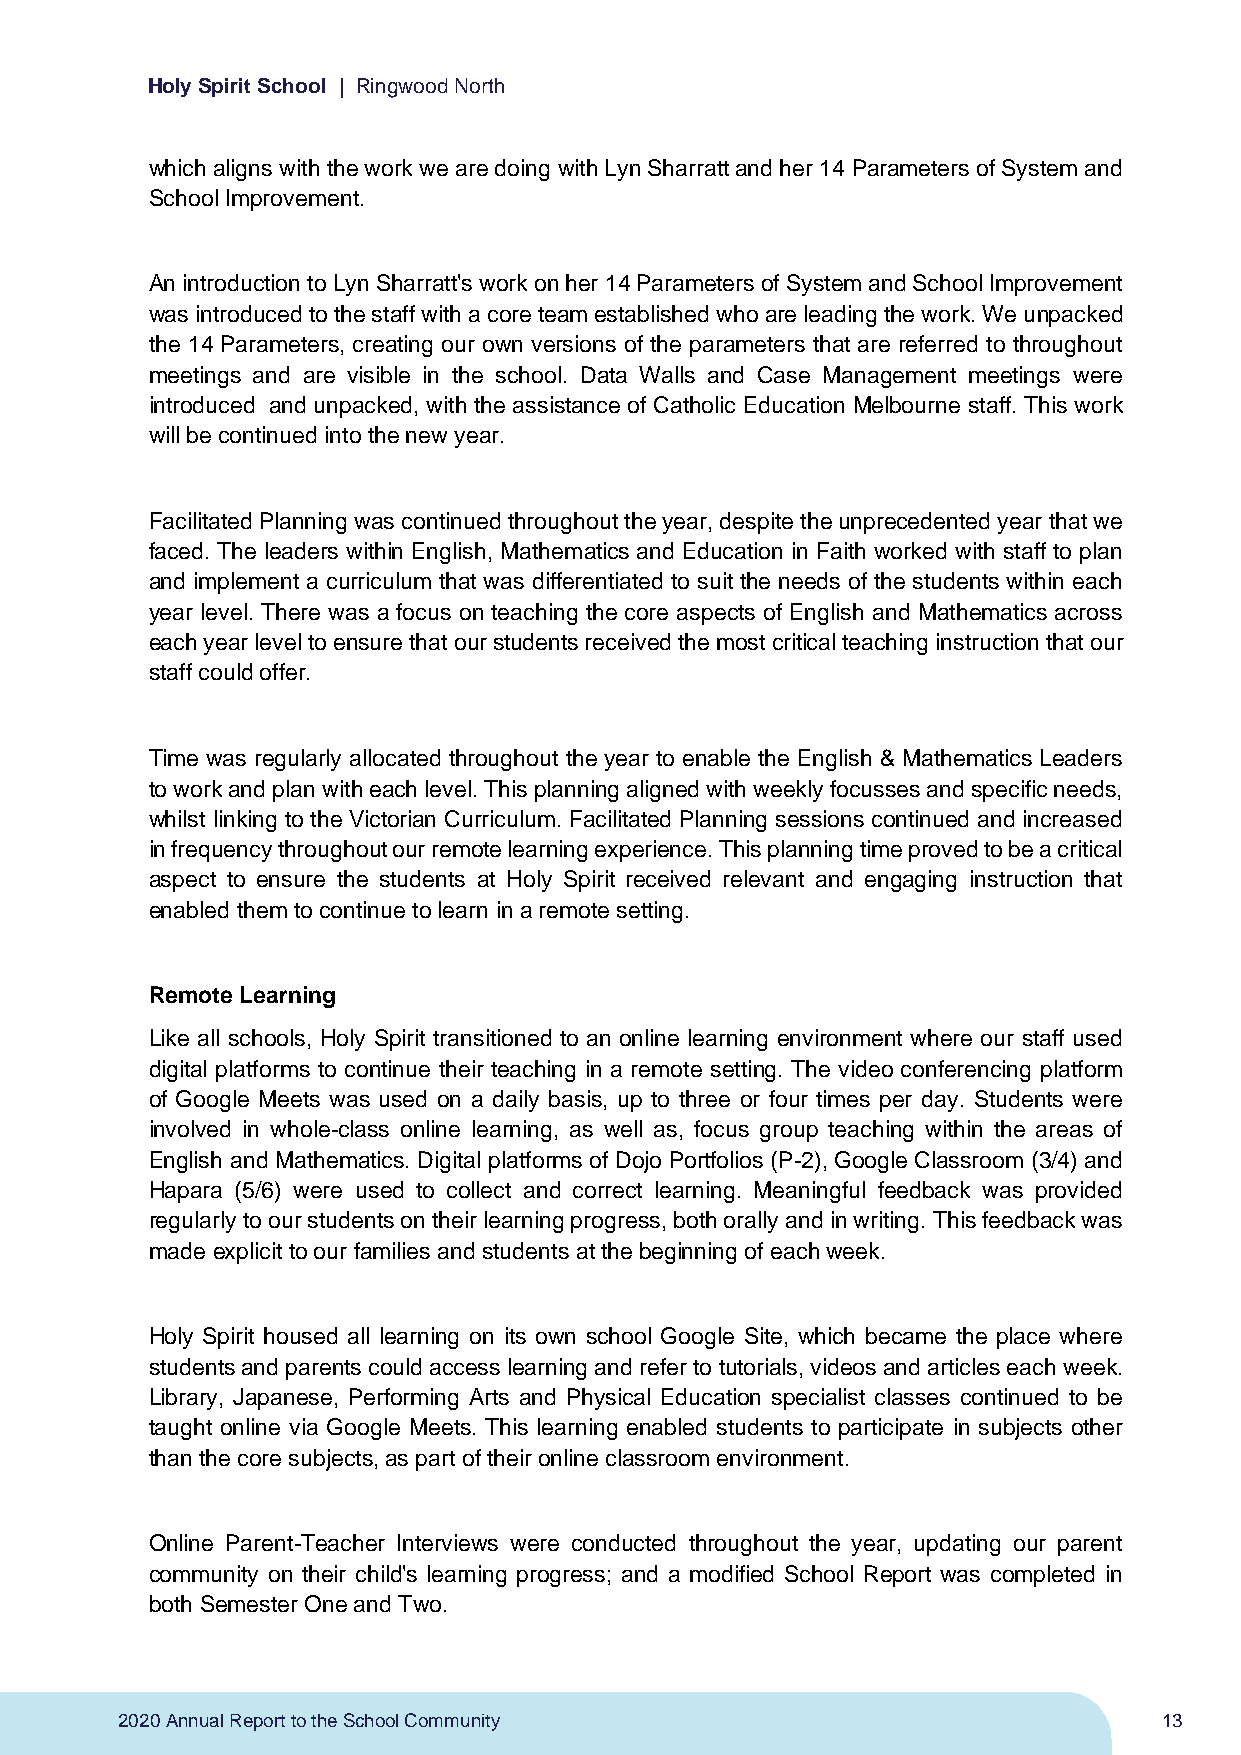
Holy Spirit School | Ringwood North
 which aligns with the work we are doing with Lyn Sharratt and her 14 Parameters of System and
 School Improvement.
 An introduction to Lyn Sharratt's work on her 14 Parameters of System and School Improvement
 was introduced to the staff with a core team established who are leading the work. We unpacked
 the 14 Parameters, creating our own versions of the parameters that are referred to throughout
 meetings and are visible in the school. Data Walls and Case Management meetings were
 introduced and unpacked, with the assistance of Catholic Education Melbourne staff. This work
 will be continued into the new year.
 Facilitated Planning was continued throughout the year, despite the unprecedented year that we
 faced. The leaders within English, Mathematics and Education in Faith worked with staff to plan
 and implement a curriculum that was differentiated to suit the needs of the students within each
 year level. There was a focus on teaching the core aspects of English and Mathematics across
 each year level to ensure that our students received the most critical teaching instruction that our
 staff could offer.
 Time was regularly allocated throughout the year to enable the English & Mathematics Leaders
 to work and plan with each level. This planning aligned with weekly focusses and specific needs,
 whilst linking to the Victorian Curriculum. Facilitated Planning sessions continued and increased
 in frequency throughout our remote learning experience. This planning time proved to be a critical
 aspect to ensure the students at Holy Spirit received relevant and engaging instruction that
 enabled them to continue to learn in a remote setting.
 Remote Learning
 Like all schools, Holy Spirit transitioned to an online learning environment where our staff used
 digital platforms to continue their teaching in a remote setting. The video conferencing platform
 of Google Meets was used on a daily basis, up to three or four times per day. Students were
 involved in whole-class online learning, as well as, focus group teaching within the areas of
 English and Mathematics. Digital platforms of Dojo Portfolios (P-2), Google Classroom (3/4) and
 Hapara (5/6) were used to collect and correct learning. Meaningful feedback was provided
 regularly to our students on their learning progress, both orally and in writing. This feedback was
 made explicit to our families and students at the beginning of each week.
 Holy Spirit housed all learning on its own school Google Site, which became the place where
 students and parents could access learning and refer to tutorials, videos and articles each week.
 Library, Japanese, Performing Arts and Physical Education specialist classes continued to be
 taught online via Google Meets. This learning enabled students to participate in subjects other
 than the core subjects, as part of their online classroom environment.
 Online Parent-Teacher Interviews were conducted throughout the year, updating our parent
 community on their child's learning progress; and a modified School Report was completed in
 both Semester One and Two.
 2020 Annual Report to the School Community                           13